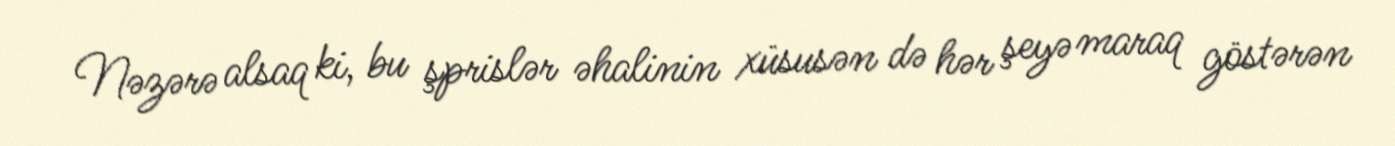
Nəzərə alsaq ki, bu şprislər əhalinin xüsusən də hər şeyə maraq göstərən